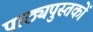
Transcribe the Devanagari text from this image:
पाठ्यपुस्‍तकों